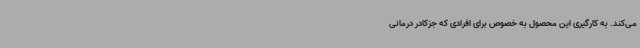
می‌کند. به کارگیری این محصول به خصوص برای افرادی که جزکادر درمانی